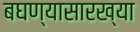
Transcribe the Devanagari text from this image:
बघण्यासारख्या